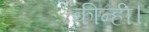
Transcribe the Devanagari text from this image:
कीन्ही।